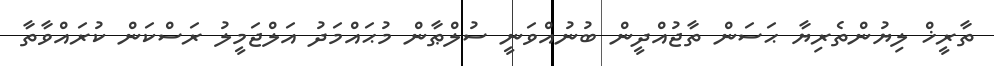
ތާރީޚް ލިޔުންތެރިޔާ ޙަސަން ތާޖުއްދީން ބުނުއްވަނީ ސުލްޠާން މުޙައްމަދު އަލްޖަމީލު ރަސްކަން ކުރައްވާތާ